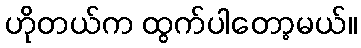
ဟိုတယ်က ထွက်ပါတော့မယ်။